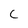
Character: C